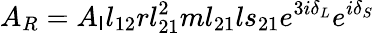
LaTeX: A_{R}=A_{\mathsf{I}}l_{12}rl_{21}^{2}ml_{21}ls_{21}e^{3i\delta_{L}}e^{i\delta_{S}}